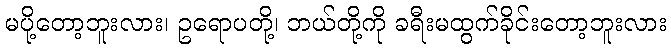
မပို့တော့ဘူးလား၊ ဥရောပတို့၊ ဘယ်တို့ကို ခရီးမထွက်ခိုင်းတော့ဘူးလား